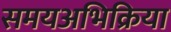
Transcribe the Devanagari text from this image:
समयअभिक्रिया